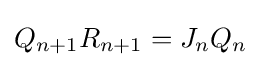
Q_{n+1}R_{n+1}=J_{n}Q_{n}